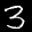
Label: 3